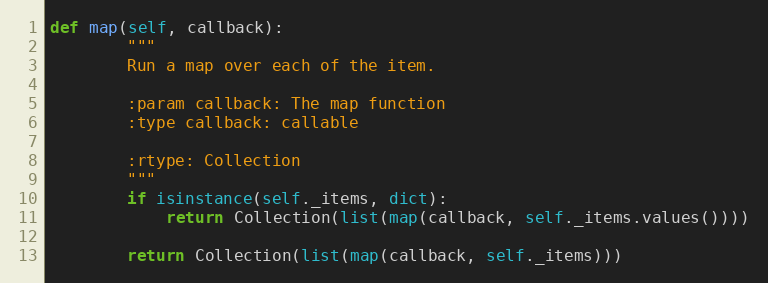
Language: Python
def map(self, callback):
        """
        Run a map over each of the item.

        :param callback: The map function
        :type callback: callable

        :rtype: Collection
        """
        if isinstance(self._items, dict):
            return Collection(list(map(callback, self._items.values())))

        return Collection(list(map(callback, self._items)))